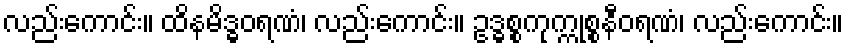
လည်းကောင်း။ ထိနမိဒ္ဓဝရဏံ၊ လည်းကောင်း။ ဥဒ္ဓစ္စကုက္ကုစ္စနီဝရဏံ၊ လည်းကောင်း။